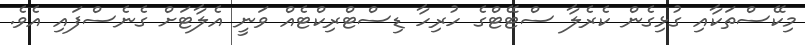
މިކޭސްތަކާއި ގުޅިގެން ކެރެލާ ސްޓޭޓްގެ ހުރިހާ ޑިސްޓްރިކްޓެއް ވަނީ އެލާޓަށް ގެނެސްފައި އެވެ.